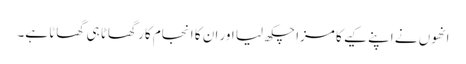
انھوں نے اپنے کیے کا مزا چکھ لیا اور ان کا انجام کار گھاٹا ہی گھاٹا ہے۔